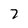
Character: 7